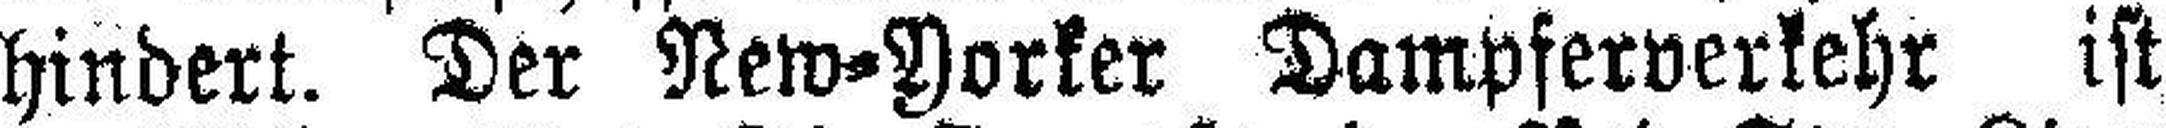
hindert. Der New=Yorker Dampferverkehr ist